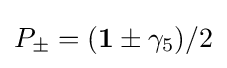
P_{\pm }=(\mathbf {1} \pm \gamma _{5})/2